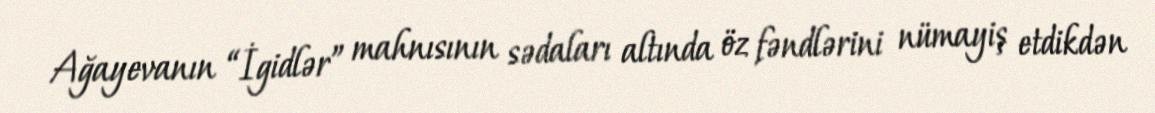
Ağayevanın “İgidlər” mahnısının sədaları altında öz fəndlərini nümayiş etdikdən